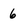
Character: 6